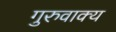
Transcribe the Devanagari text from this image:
गुरुवाक्य